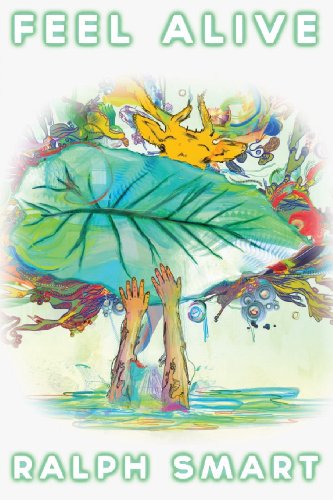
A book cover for Feel Alive by Ralph Smart; Ralph Rs Smart; Health, Fitness & Dieting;